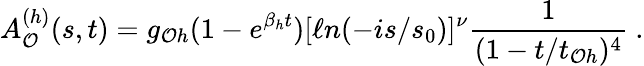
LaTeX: A_{\cal O}^{(h)}(s,t)=g_{{\cal O}h}(1-e^{\beta_{h}t})[\ell n(-is/s_{0})]^{\nu}\frac{1}{(1-t/t_{{\cal O}h})^{4}}\ .